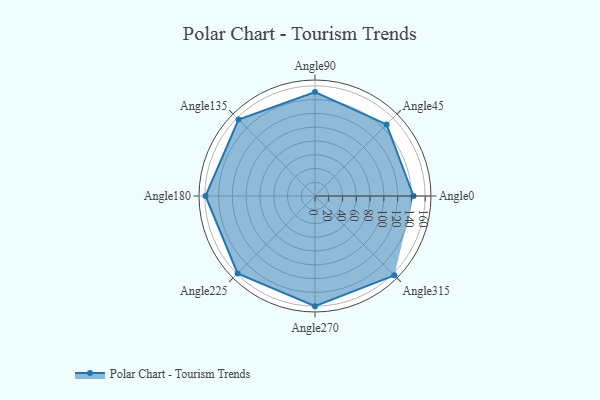
{"axis": {"x": "Angle", "y": "Radius"}, "legend": [""], "data": [{"x": "Angle0", "y": 143.0, "type": ""}, {"x": "Angle45", "y": 147.0, "type": ""}, {"x": "Angle90", "y": 151.0, "type": ""}, {"x": "Angle135", "y": 157.0, "type": ""}, {"x": "Angle180", "y": 159.0, "type": ""}, {"x": "Angle225", "y": 159.0, "type": ""}, {"x": "Angle270", "y": 160.0, "type": ""}, {"x": "Angle315", "y": 163.0, "type": ""}]}